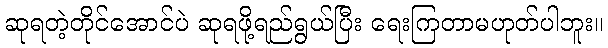
ဆုရတဲ့တိုင်အောင်ပဲ ဆုရဖို့ရည်ရွယ်ပြီး ရေးကြတာမဟုတ်ပါဘူး။